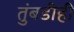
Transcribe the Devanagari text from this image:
तुंबडीही